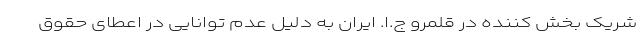
شریک بخش کننده در قلمرو ج.ا. ایران به دلیل عدم توانایی در اعطای حقوق